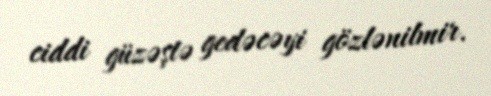
ciddi güzəştə gedəcəyi gözlənilmir.